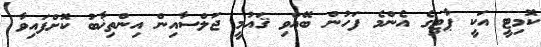
ކޮމިޓީ އަކީ ޕާޓިގެ އެންމެ ފަހުން ބޭއްވި ޤައުމީ ޖަލްސާއިން އިންތިޚާބު ކޮށްފައިވާ